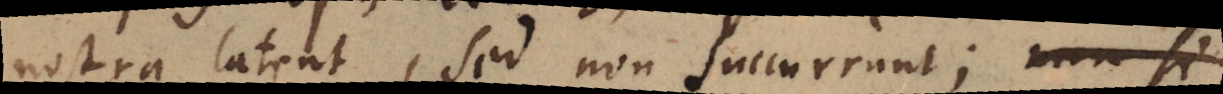
nostra latent, sed non succurrunt; non si